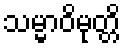
သမ္မာဝိမုတ္တိ